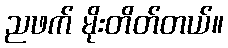
ညဖက် မိုးတိတ်တယ်။